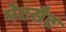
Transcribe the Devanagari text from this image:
मेटसैट